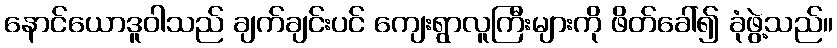
နောင်ယောဒူဝါသည် ချက်ချင်းပင် ကျေးရွာလူကြီးများကို ဖိတ်ခေါ်၍ ခုံဖွဲ့သည်။